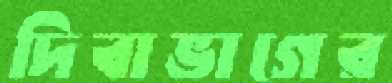
দিবাভাগের